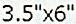
3.5"X6"